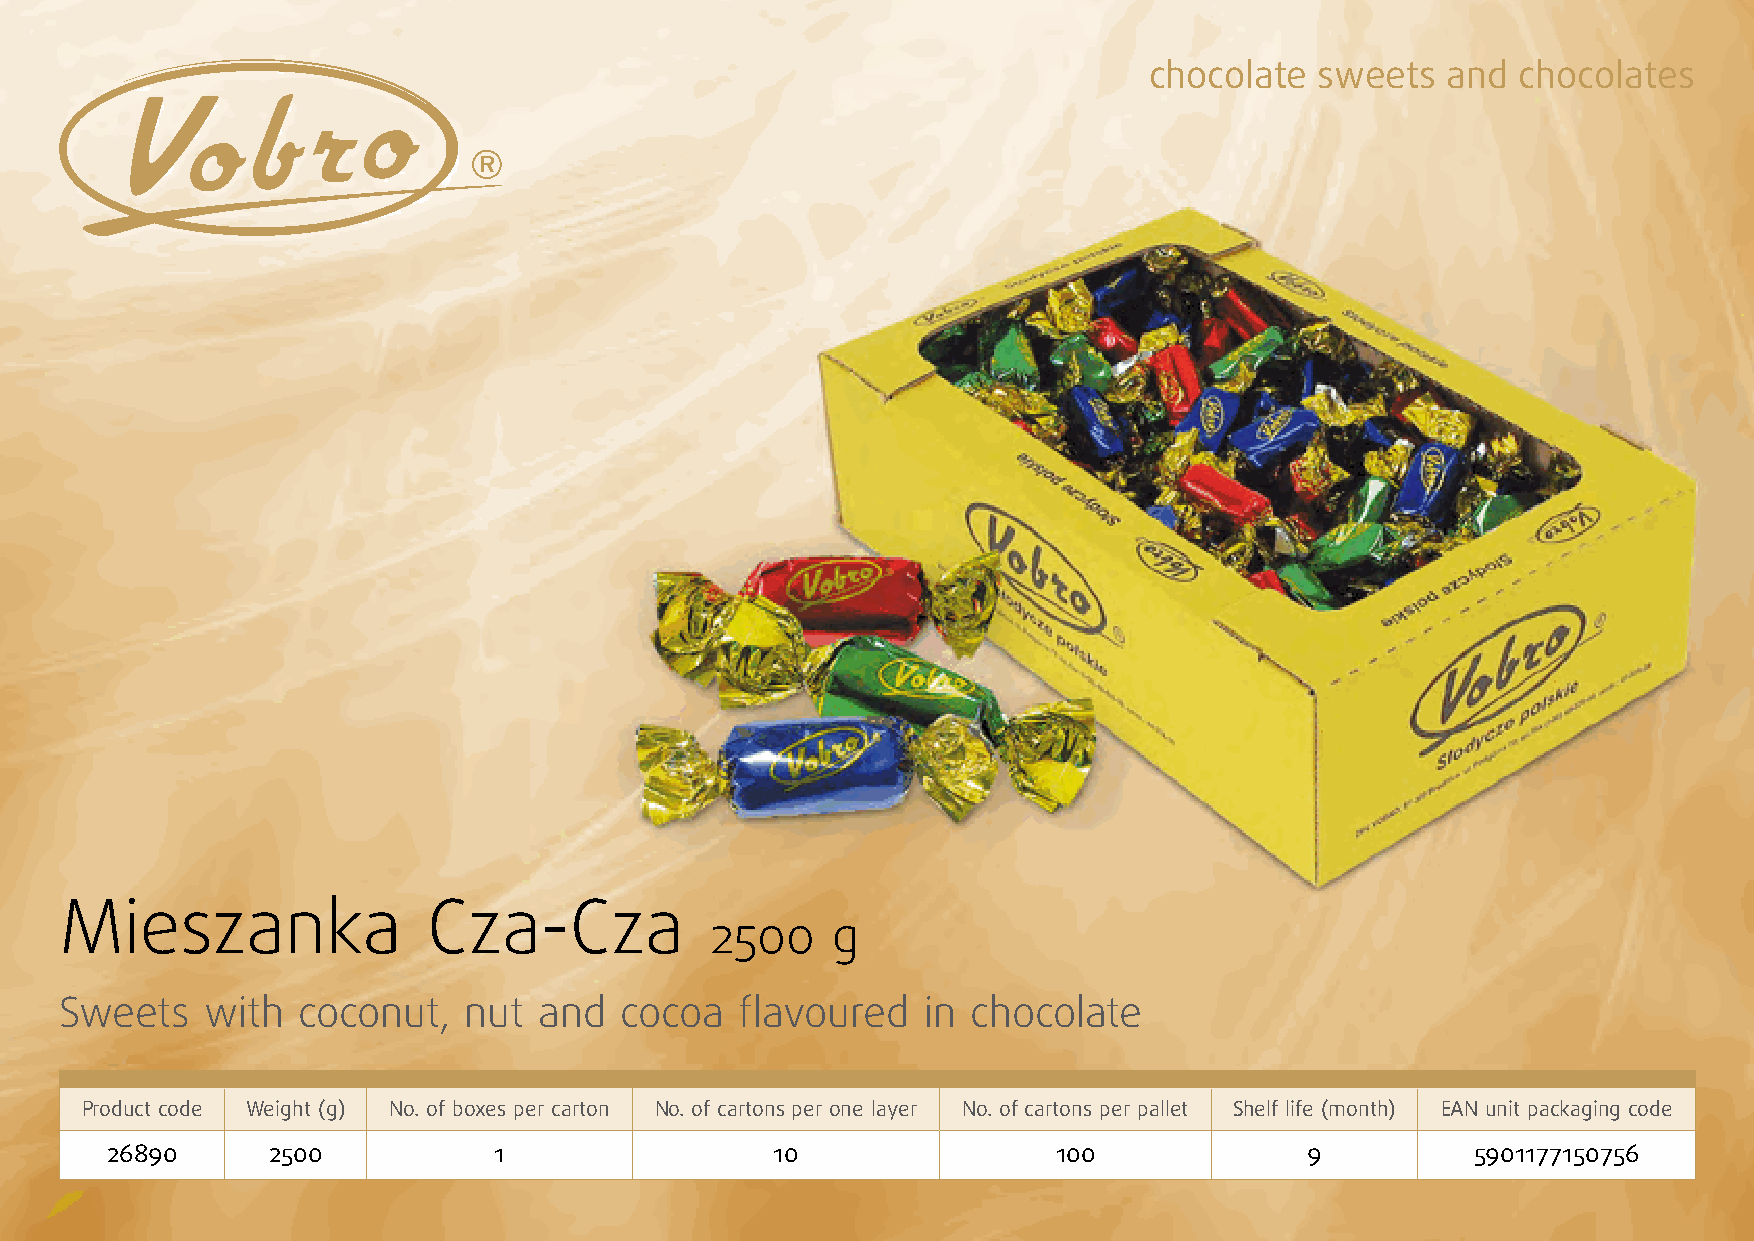
chocolate  sweets   and  chocolates
 Mieszanka               Cza-Cza
 2500    g
 Sweets    with  coconut,   nut  and  cocoa   flavoured   in chocolate
 Product code Weight (g) No. of boxes per carton No. of cartons per one layer No. of cartons per pallet Shelf life (month) EAN unit packaging code
 26890      2500           1                 10                 100              9          5901177150756